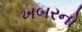
ખબરનો